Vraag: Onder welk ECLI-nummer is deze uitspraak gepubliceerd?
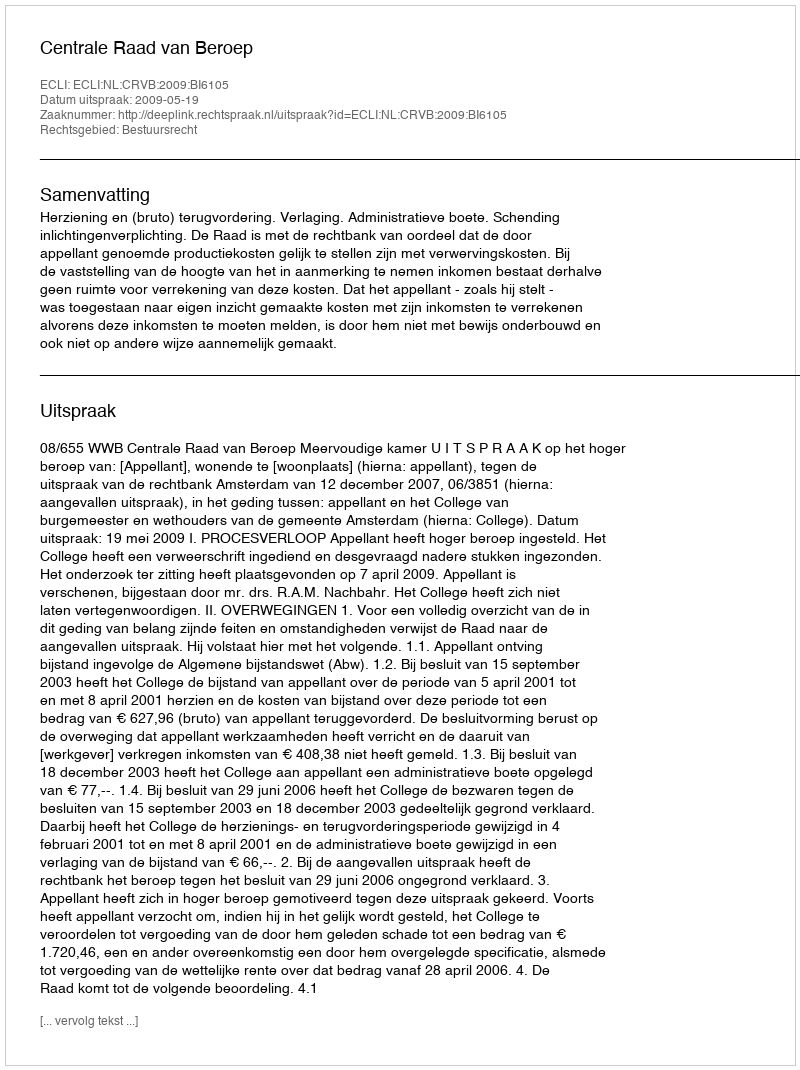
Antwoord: ECLI:NL:CRVB:2009:BI6105